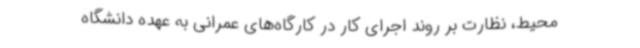
محیط، نظارت بر روند اجرای کار در کارگاه‌های عمرانی به عهده دانشگاه